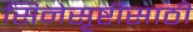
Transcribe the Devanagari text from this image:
सिनेसृष्टीसाठी